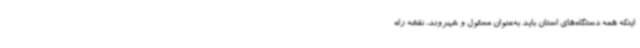
اینکه همه دستگاه‌های استان باید به‌عنوان مسئول و شهروند، نقشه راه